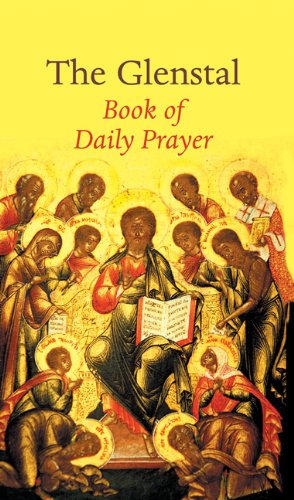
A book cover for The Glenstal Book of Daily Prayer: A Benedictine Prayer Book; Various; Religion & Spirituality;